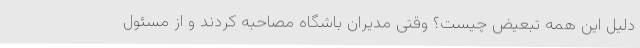
دلیل این همه تبعیض چیست؟ وقتی مدیران باشگاه مصاحبه کردند و از مسئول